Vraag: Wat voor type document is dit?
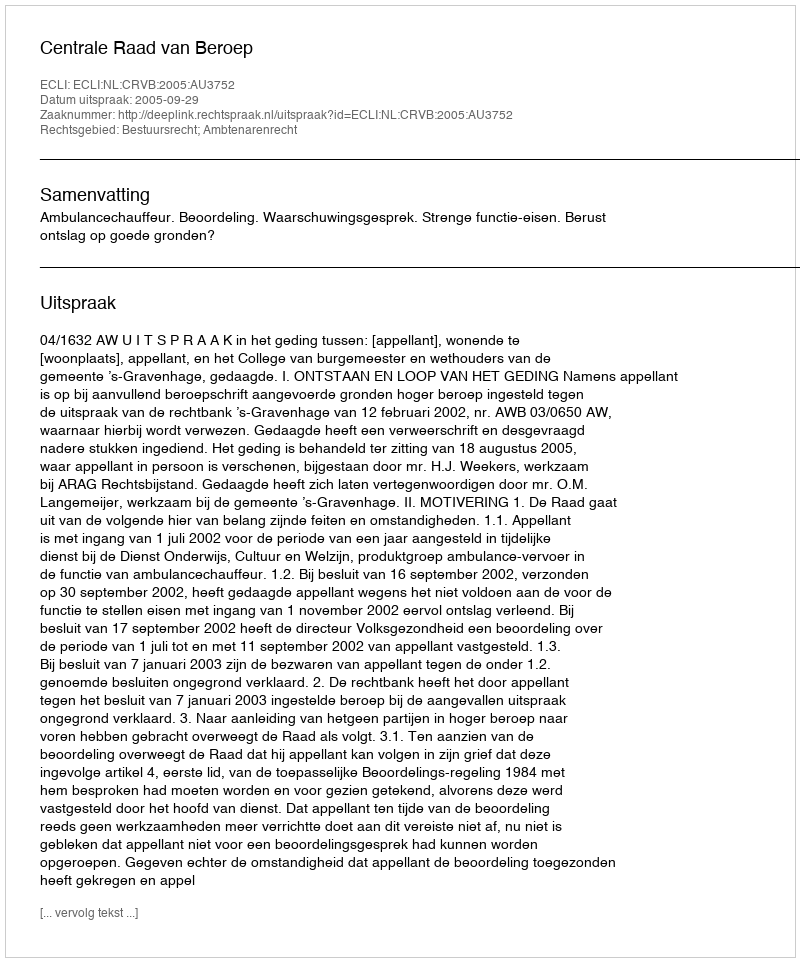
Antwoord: Uitspraak